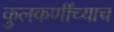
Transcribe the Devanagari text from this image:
कुलकर्णींच्याच